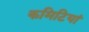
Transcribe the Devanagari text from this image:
कमिटियां